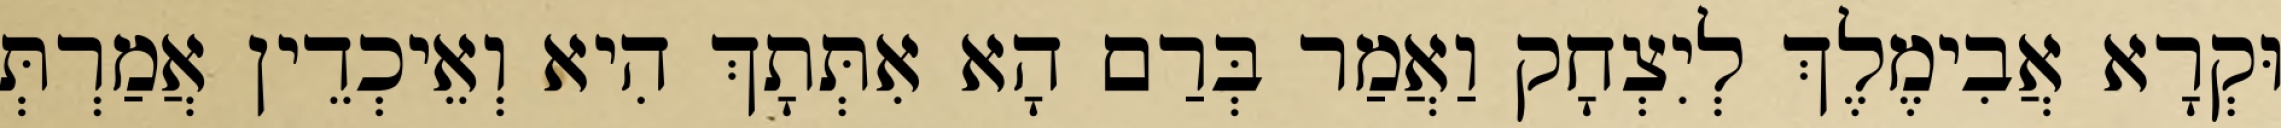
וּקְרָא אֲבִימֶלֶךְ לְיִצְחָק וַאֲמַר בְּרַם הָא אִתְּתָךְ הִיא וְאֵיכְדֵין אֲמַרְתְּ